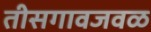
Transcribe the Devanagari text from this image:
तीसगावजवळ